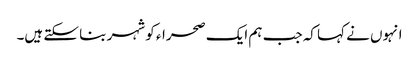
انہوں نے کہا کہ جب ہم ایک صحراء کو شہر بنا سکتے ہیں۔